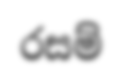
රසම්